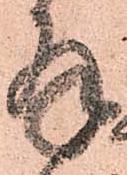
拝